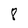
Character: 8